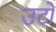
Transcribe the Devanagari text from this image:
उटो